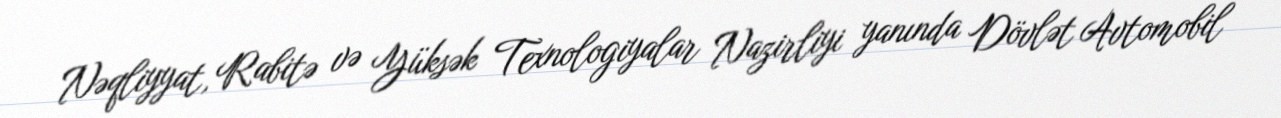
Nəqliyyat, Rabitə və Yüksək Texnologiyalar Nazirliyi yanında Dövlət Avtomobil